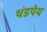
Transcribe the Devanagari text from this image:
थंडपेय